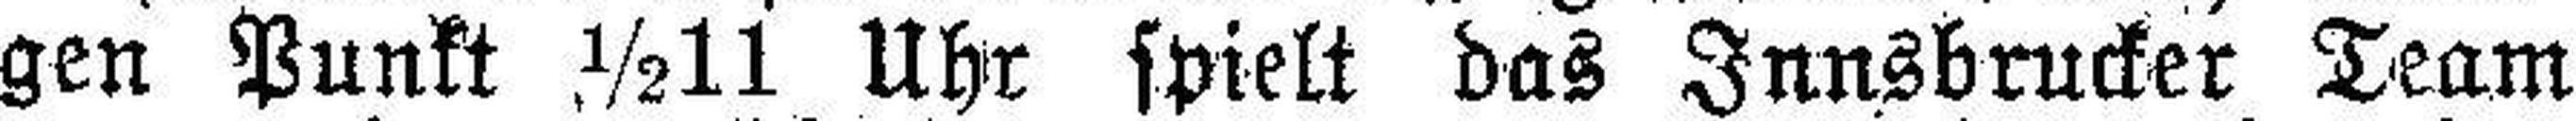
gen Punkt ½11 Uhr spielt das Innsbrucker Team